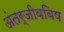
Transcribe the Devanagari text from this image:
अंतर्जीवविष